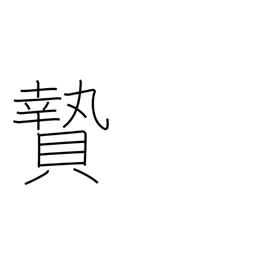
Meaning: sacrifice